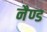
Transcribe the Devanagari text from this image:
नैण्ड